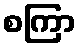
စကြာ